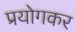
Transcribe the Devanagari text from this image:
प्रयोगकर